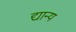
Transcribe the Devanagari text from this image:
द्यान्य